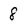
Character: 8